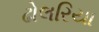
ઢોલરિયા